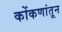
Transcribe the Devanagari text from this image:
कोंकणांतून